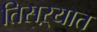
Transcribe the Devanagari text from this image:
तिसऱ्यात